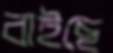
বাইছে